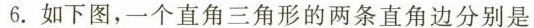
6. 如下图，一个直角三角形的两条直角边分别是